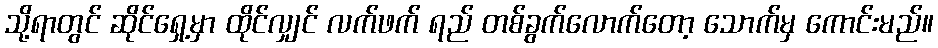
သို့ရာတွင် ဆိုင်ရှေ့မှာ ထိုင်လျှင် လက်ဖက် ရည် တစ်ခွက်လောက်တော့ သောက်မှ ကောင်းမည်။